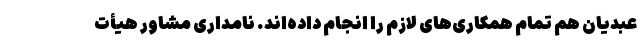
عبدیان هم تمام همکاری‌های لازم را انجام داده‌اند. نامداری مشاور هیأت